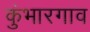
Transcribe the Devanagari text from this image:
कुंभारगाव